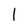
Character: 1